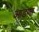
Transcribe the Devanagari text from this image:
आडणा